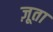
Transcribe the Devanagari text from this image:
ज़ूता